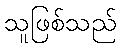
သူဖြစ်သည်